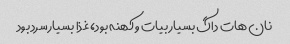
نان هات داگ بسیار بیات و کهنه بود، غذا بسیار سرد بود